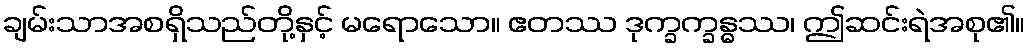
ချမ်းသာအစရှိသည်တို့နှင့် မရောသော။ ဧတဿ ဒုက္ခက္ခန္ဓဿ၊ ဤဆင်းရဲအစု၏။